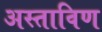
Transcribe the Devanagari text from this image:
अस्ताविण